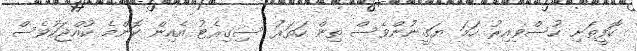
ކޮފީތަށި ހުސްވިއިރު ހަމަ ޔަގީނުންވެސް ތިން ހަތަރު ސިގިރެޓު އެއިން ކޮންމެ ކުއްޖަކުވެސް